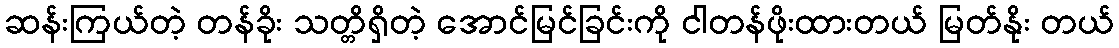
ဆန်းကြယ်တဲ့ တန်ခိုး သတ္တိရှိတဲ့ အောင်မြင်ခြင်းကို ငါတန်ဖိုးထားတယ် မြတ်နိုး တယ်